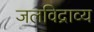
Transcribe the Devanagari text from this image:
जलविद्राव्य